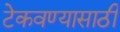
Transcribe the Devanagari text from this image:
टेकवण्यासाठी